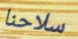
سلاحنا